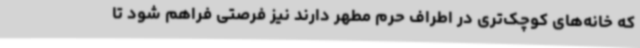
که خانه‌های کوچک‌تری در اطراف حرم مطهر دارند نیز فرصتی فراهم شود تا